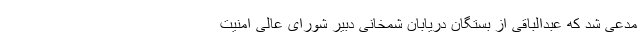
مدعی شد که عبدالباقی از بستگان دریابان شمخانی دبیر شورای عالی امنیت